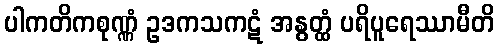
ပါကတိကစုဏ္ဏံ ဥဒကသကဋံ အနွတ္ထံ ပရိပူရေဿာမီတိ